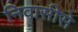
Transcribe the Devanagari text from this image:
निवासीसे